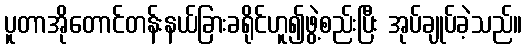
ပူတာအိုတောင်တန်းနယ်ခြားခရိုင်ဟူ၍ဖွဲ့စည်းပြီး အုပ်ချုပ်ခဲ့သည်။